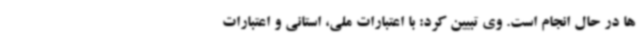
ها در حال انجام است. وی تبیین کرد: با اعتبارات ملی، استانی و اعتبارات